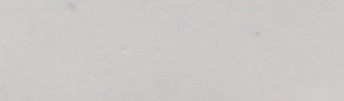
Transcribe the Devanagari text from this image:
नभएको